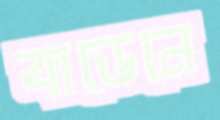
বাডেনে